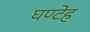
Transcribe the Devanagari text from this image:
घण्टेह